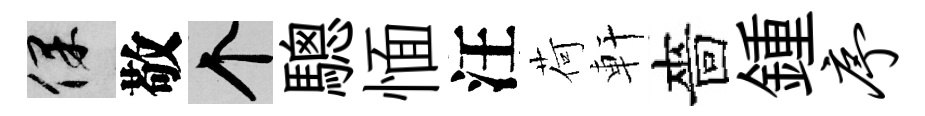
保敬个驄愐汪荷軒嗇鍾序